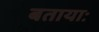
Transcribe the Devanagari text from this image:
बतायाः